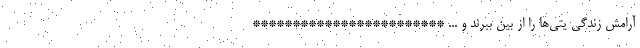
آرامش زندگی یتی‌ها را از بین ببرند و ... ************************